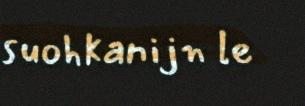
suohkanijn le